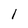
Character: 1